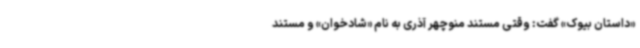
«داستان بیوک» گفت: وقتی مستند منوچهر آذری به نام «شادخوان» و مستند